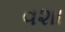
વશા